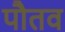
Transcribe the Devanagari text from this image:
पौतव